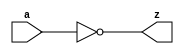
// ========== Copyright Header Begin ==========================================
// 
// OpenSPARC T1 Processor File: u1.behV
// Copyright (c) 2006 Sun Microsystems, Inc.  All Rights Reserved.
// DO NOT ALTER OR REMOVE COPYRIGHT NOTICES.
// 
// The above named program is free software; you can redistribute it and/or
// modify it under the terms of the GNU General Public
// License version 2 as published by the Free Software Foundation.
// 
// The above named program is distributed in the hope that it will be 
// useful, but WITHOUT ANY WARRANTY; without even the implied warranty of
// MERCHANTABILITY or FITNESS FOR A PARTICULAR PURPOSE.  See the GNU
// General Public License for more details.
// 
// You should have received a copy of the GNU General Public
// License along with this work; if not, write to the Free Software
// Foundation, Inc., 51 Franklin St, Fifth Floor, Boston, MA 02110-1301, USA.
// 
// ========== Copyright Header End ============================================
////////////////////////////////////////////////////////////////////////
//
// basic gates {
//
////////////////////////////////////////////////////////////////////////


//bw_u1_inv_0p6x
//
//

module bw_u1_inv_0p6x (
    z,
    a );

    output z;
    input  a;

    assign z = ~( a );

endmodule


//bw_u1_inv_1x
//
//

module bw_u1_inv_1x (
    z,
    a );

    output z;
    input  a;

    assign z = ~( a );

endmodule


//bw_u1_inv_1p4x
//
//

module bw_u1_inv_1p4x (
    z,
    a );

    output z;
    input  a;

    assign z = ~( a );

endmodule


//bw_u1_inv_2x
//
//

module bw_u1_inv_2x (
    z,
    a );

    output z;
    input  a;

    assign z = ~( a );

endmodule


//bw_u1_inv_3x
//
//

module bw_u1_inv_3x (
    z,
    a );

    output z;
    input  a;

    assign z = ~( a );

endmodule


//bw_u1_inv_4x
//
//

module bw_u1_inv_4x (
    z,
    a );

    output z;
    input  a;

    assign z = ~( a );

endmodule



//bw_u1_inv_5x
//
//

module bw_u1_inv_5x (
    z,
    a );

    output z;
    input  a;

    assign z = ~( a );

endmodule


//bw_u1_inv_8x
//
//

module bw_u1_inv_8x (
    z,
    a );

    output z;
    input  a;

    assign z = ~( a );

endmodule


//bw_u1_inv_10x
//
//

module bw_u1_inv_10x (
    z,
    a );

    output z;
    input  a;

    assign z = ~( a );

endmodule


//bw_u1_inv_15x
//
//

module bw_u1_inv_15x (
    z,
    a );

    output z;
    input  a;

    assign z = ~( a );

endmodule


//bw_u1_inv_20x
//
//

module bw_u1_inv_20x (
    z,
    a );

    output z;
    input  a;

    assign z = ~( a );

endmodule


//bw_u1_inv_30x
//
//

module bw_u1_inv_30x (
    z,
    a );

    output z;
    input  a;

    assign z = ~( a );

endmodule


//bw_u1_inv_40x
//
//

module bw_u1_inv_40x (
    z,
    a );

    output z;
    input  a;

    assign z = ~( a );

endmodule

//bw_u1_invh_15x
//
//

module bw_u1_invh_15x (
    z,
    a );

    output z;
    input  a;

    assign z = ~( a );

endmodule

//bw_u1_invh_25x
//
//

module bw_u1_invh_25x (
    z,
    a );

    output z;
    input  a;

    assign z = ~( a );

endmodule


//bw_u1_invh_30x
//
//

module bw_u1_invh_30x (
    z,
    a );

    output z;
    input  a;

    assign z = ~( a );

endmodule


//bw_u1_invh_50x
//
//

module bw_u1_invh_50x (
    z,
    a );

    output z;
    input  a;

    assign z = ~( a );

endmodule


//bw_u1_invh_60x
//
//

module bw_u1_invh_60x (
    z,
    a );

    output z;
    input  a;

    assign z = ~( a );

endmodule




//bw_u1_nand2_0p4x
//
//
module bw_u1_nand2_0p4x (
    z,
    a,
    b );

    output z;
    input  a;
    input  b;

    assign z = ~( a & b );

endmodule


//bw_u1_nand2_0p6x
//
//
module bw_u1_nand2_0p6x (
    z,
    a,
    b );

    output z;
    input  a;
    input  b;

    assign z = ~( a & b );

endmodule


//bw_u1_nand2_1x
//
//
module bw_u1_nand2_1x (
    z,
    a,
    b );

    output z;
    input  a;
    input  b;

    assign z = ~( a & b );

endmodule


//bw_u1_nand2_1p4x
//
//
module bw_u1_nand2_1p4x (
    z,
    a,
    b );

    output z;
    input  a;
    input  b;

    assign z = ~( a & b );

endmodule


//bw_u1_nand2_2x
//
//
module bw_u1_nand2_2x (
    z,
    a,
    b );

    output z;
    input  a;
    input  b;

    assign z = ~( a & b );

endmodule


//bw_u1_nand2_3x
//
//
module bw_u1_nand2_3x (
    z,
    a,
    b );

    output z;
    input  a;
    input  b;

    assign z = ~( a & b );

endmodule


//bw_u1_nand2_4x
//
//
module bw_u1_nand2_4x (
    z,
    a,
    b );

    output z;
    input  a;
    input  b;

    assign z = ~( a & b );

endmodule


//bw_u1_nand2_5x
//
//
module bw_u1_nand2_5x (
    z,
    a,
    b );

    output z;
    input  a;
    input  b;

    assign z = ~( a & b );

endmodule


//bw_u1_nand2_7x
//
//
module bw_u1_nand2_7x (
    z,
    a,
    b );

    output z;
    input  a;
    input  b;

    assign z = ~( a & b );

endmodule


//bw_u1_nand2_10x
//
//
module bw_u1_nand2_10x (
    z,
    a,
    b );

    output z;
    input  a;
    input  b;

    assign z = ~( a & b );

endmodule


//bw_u1_nand2_15x
//
//
module bw_u1_nand2_15x (
    z,
    a,
    b );

    output z;
    input  a;
    input  b;

    assign z = ~( a & b );

endmodule


//bw_u1_nand3_0p4x
//
//
module bw_u1_nand3_0p4x (
    z,
    a,
    b,
    c );

    output z;
    input  a;
    input  b;
    input  c;

    assign z = ~( a & b & c );

endmodule




//bw_u1_nand3_0p6x
//
//
module bw_u1_nand3_0p6x (
    z,
    a,
    b,
    c );

    output z;
    input  a;
    input  b;
    input  c;

    assign z = ~( a & b & c );

endmodule



//bw_u1_nand3_1x

//
//
module bw_u1_nand3_1x (
    z,
    a,  
    b,  
    c );
    
    output z;
    input  a;
    input  b;
    input  c;
    
    assign z = ~( a & b & c );

endmodule


//bw_u1_nand3_1p4x

//
//
module bw_u1_nand3_1p4x (
    z,
    a,  
    b,  
    c );
    
    output z;
    input  a;
    input  b;
    input  c;
    
    assign z = ~( a & b & c );

endmodule


//bw_u1_nand3_2x

//
//
module bw_u1_nand3_2x (
    z,
    a,  
    b,  
    c );
    
    output z;
    input  a;
    input  b;
    input  c;
    
    assign z = ~( a & b & c );

endmodule


//bw_u1_nand3_3x

//
//
module bw_u1_nand3_3x (
    z,
    a,  
    b,  
    c );
    
    output z;
    input  a;
    input  b;
    input  c;
    
    assign z = ~( a & b & c );

endmodule


//bw_u1_nand3_4x

//
//
module bw_u1_nand3_4x (
    z,
    a,  
    b,  
    c );
    
    output z;
    input  a;
    input  b;
    input  c;
    
    assign z = ~( a & b & c );

endmodule


//bw_u1_nand3_5x

//
//
module bw_u1_nand3_5x (
    z,
    a,  
    b,  
    c );
    
    output z;
    input  a;
    input  b;
    input  c;
    
    assign z = ~( a & b & c );

endmodule


//bw_u1_nand3_7x

//
//
module bw_u1_nand3_7x (
    z,
    a,  
    b,  
    c );
    
    output z;
    input  a;
    input  b;
    input  c;
    
    assign z = ~( a & b & c );

endmodule


//bw_u1_nand3_10x

//
//
module bw_u1_nand3_10x (
    z,
    a,  
    b,  
    c );
    
    output z;
    input  a;
    input  b;
    input  c;
    
    assign z = ~( a & b & c );

endmodule


//bw_u1_nand4_0p6x

//
//
module bw_u1_nand4_0p6x (
    z,
    a,  
    b,  
    c,  
    d );
    
    output z;
    input  a;
    input  b;
    input  c;
    input  d;
    
    assign z = ~( a & b & c & d );

endmodule


//bw_u1_nand4_1x
//
//
module bw_u1_nand4_1x (
    z,
    a,
    b,
    c,
    d );

    output z;
    input  a;
    input  b;
    input  c;
    input  d;

    assign z = ~( a & b & c & d );

endmodule


//bw_u1_nand4_1p4x
//
//
module bw_u1_nand4_1p4x (
    z,
    a,
    b,
    c,
    d );

    output z;
    input  a;
    input  b;
    input  c;
    input  d;

    assign z = ~( a & b & c & d );

endmodule


//bw_u1_nand4_2x
//
//
module bw_u1_nand4_2x (
    z,
    a,
    b,
    c,
    d );

    output z;
    input  a;
    input  b;
    input  c;
    input  d;

    assign z = ~( a & b & c & d );

endmodule


//bw_u1_nand4_3x
//
//
module bw_u1_nand4_3x (
    z,
    a,
    b,
    c,
    d );

    output z;
    input  a;
    input  b;
    input  c;
    input  d;

    assign z = ~( a & b & c & d );

endmodule


//bw_u1_nand4_4x
//
//
module bw_u1_nand4_4x (
    z,
    a,
    b,
    c,
    d );

    output z;
    input  a;
    input  b;
    input  c;
    input  d;

    assign z = ~( a & b & c & d );

endmodule


//bw_u1_nand4_6x
//
//

module bw_u1_nand4_6x (
    z,
    a,
    b,
    c,
    d );

    output z;
    input  a;
    input  b;
    input  c;
    input  d;


    nand( z, a, b,c,d);

endmodule

//bw_u1_nand4_8x
//
//

module bw_u1_nand4_8x (
    z,
    a,
    b,
    c,
    d );

    output z;
    input  a;
    input  b;
    input  c;
    input  d;


    nand( z, a, b,c,d);

endmodule

//bw_u1_nor2_0p6x
//
//

module bw_u1_nor2_0p6x (
    z,
    a,
    b );

    output z;
    input  a;
    input  b;

    assign z = ~( a | b );

endmodule


//bw_u1_nor2_1x
//
//

module bw_u1_nor2_1x (
    z,
    a,
    b );

    output z;
    input  a;
    input  b;

    assign z = ~( a | b );

endmodule


//bw_u1_nor2_1p4x
//
//

module bw_u1_nor2_1p4x (
    z,
    a,
    b );

    output z;
    input  a;
    input  b;

    assign z = ~( a | b );

endmodule


//bw_u1_nor2_2x
//
//

module bw_u1_nor2_2x (
    z,
    a,
    b );

    output z;
    input  a;
    input  b;

    assign z = ~( a | b );

endmodule


//bw_u1_nor2_3x
//
//

module bw_u1_nor2_3x (
    z,
    a,
    b );

    output z;
    input  a;
    input  b;

    assign z = ~( a | b );

endmodule


//bw_u1_nor2_4x
//
//

module bw_u1_nor2_4x (
    z,
    a,
    b );

    output z;
    input  a;
    input  b;

    assign z = ~( a | b );

endmodule


//bw_u1_nor2_6x
//
//

module bw_u1_nor2_6x (
    z,
    a,
    b );

    output z;
    input  a;
    input  b;

    assign z = ~( a | b );

endmodule


//bw_u1_nor2_8x
//
//

module bw_u1_nor2_8x (
    z,
    a,
    b );

    output z;
    input  a;
    input  b;

    assign z = ~( a | b );

endmodule


//bw_u1_nor2_12x
//
//

module bw_u1_nor2_12x (
    z,
    a,
    b );

    output z;
    input  a;
    input  b;

    assign z = ~( a | b );

endmodule




//bw_u1_nor3_0p6x
//
//

module bw_u1_nor3_0p6x (
    z,
    a,
    b,
    c );

    output z;
    input  a;
    input  b;
    input  c;

    assign z = ~( a | b | c );

endmodule


//bw_u1_nor3_1x
//
//

module bw_u1_nor3_1x (
    z,
    a,
    b,
    c );

    output z;
    input  a;
    input  b;
    input  c;

    assign z = ~( a | b | c );

endmodule


//bw_u1_nor3_1p4x
//
//

module bw_u1_nor3_1p4x (
    z,
    a,
    b,
    c );

    output z;
    input  a;
    input  b;
    input  c;

    assign z = ~( a | b | c );

endmodule


//bw_u1_nor3_2x
//
//

module bw_u1_nor3_2x (
    z,
    a,
    b,
    c );

    output z;
    input  a;
    input  b;
    input  c;

    assign z = ~( a | b | c );

endmodule


//bw_u1_nor3_3x
//
//

module bw_u1_nor3_3x (
    z,
    a,
    b,
    c );

    output z;
    input  a;
    input  b;
    input  c;

    assign z = ~( a | b | c );

endmodule


//bw_u1_nor3_4x
//
//

module bw_u1_nor3_4x (
    z,
    a,
    b,
    c );

    output z;
    input  a;
    input  b;
    input  c;

    assign z = ~( a | b | c );

endmodule


//bw_u1_nor3_6x
//
//

module bw_u1_nor3_6x (
    z,
    a,
    b,
    c );

    output z;
    input  a;
    input  b;
    input  c;

    assign z = ~( a | b | c );

endmodule


//bw_u1_nor3_8x
//
//

module bw_u1_nor3_8x (
    z,
    a,
    b,
    c );

    output z;
    input  a;
    input  b;
    input  c;

    assign z = ~( a | b | c );

endmodule


//bw_u1_aoi21_0p4x
//
// 
module bw_u1_aoi21_0p4x (
    z,
    b1,
    b2,
    a );

    output z;
    input  b1;
    input  b2;
    input  a;

    assign z = ~(( b1 & b2 ) | ( a ));

endmodule
//bw_u1_aoi21_1x
//
// 
module bw_u1_aoi21_1x (

    z,
    b1,
    b2,
    a );

    output z;
    input  b1;
    input  b2;
    input  a;

    assign z = ~(( b1 & b2 ) | ( a  ));

endmodule
//bw_u1_aoi21_2x
//
// 
module bw_u1_aoi21_2x (
    z,
    b1,
    b2,
    a );

    output z;
    input  b1;
    input  b2;
    input  a;

    assign z = ~(( b1 & b2 ) | ( a ));

endmodule
//bw_u1_aoi21_4x
//
// 
module bw_u1_aoi21_4x (
    z,
    b1,
    b2,
    a );

    output z;
    input  b1;
    input  b2;
    input  a;

    assign z = ~(( b1 & b2 ) | ( a ));

endmodule
//bw_u1_aoi21_8x
//
// 
module bw_u1_aoi21_8x (
    z,
    b1,
    b2,
    a );

    output z;
    input  b1;
    input  b2;
    input  a;

    assign z = ~(( b1 & b2 ) | ( a ));

endmodule
//bw_u1_aoi21_12x
//
// 
module bw_u1_aoi21_12x (
    z,
    b1,
    b2,
    a );

    output z;
    input  b1;
    input  b2;
    input  a;

    assign z = ~(( b1 & b2 ) | ( a ));

endmodule
//bw_u1_aoi22_0p4x
//
// 
module bw_u1_aoi22_0p4x (
    z,
    a1,
    a2,
    b1,
    b2 );

    output z;
    input  a1;
    input  a2;
    input  b1;
    input  b2;

    assign z = ~(( a1 & a2 ) | ( b1 & b2 ));

endmodule
//bw_u1_aoi22_1x
//
// 
module bw_u1_aoi22_1x (
    z,
    b1,
    b2,
    a1,
    a2 );

    output z;
    input  b1;
    input  b2;
    input  a1;
    input  a2;


    assign z = ~(( a1 & a2 ) | ( b1 & b2 ));

endmodule
//bw_u1_aoi22_2x
//
// 
module bw_u1_aoi22_2x (


    z,
    b1,
    b2,
    a1,
    a2 );

    output z;
    input  b1;
    input  b2;
    input  a1;
    input  a2;
 
    assign z = ~(( a1 & a2 ) | ( b1 & b2 ));

endmodule
//bw_u1_aoi22_4x
//
// 
module bw_u1_aoi22_4x (

    z,
    b1,
    b2,
    a1,
    a2 );

    output z;
    input  b1;
    input  b2;
    input  a1;
    input  a2;

    assign z = ~(( a1 & a2 ) | ( b1 & b2 ));

endmodule
//bw_u1_aoi22_8x
//
// 
module bw_u1_aoi22_8x (

    z,
    b1,
    b2,
    a1,
    a2 );

    output z;
    input  b1;
    input  b2;
    input  a1;
    input  a2;

    assign z = ~(( a1 & a2 ) | ( b1 & b2 ));

endmodule
//bw_u1_aoi211_0p3x
//
// 
module bw_u1_aoi211_0p3x (

    z,
    c1,
    c2,
    b,
    a );

    output z;
    input  c1;
    input  c2;
    input  b;
    input  a;

    assign z = ~(( c1 & c2 ) | (a)| (b));

endmodule

//bw_u1_aoi211_1x
//
// 
module bw_u1_aoi211_1x (

    z,
    c1,
    c2,
    b,
    a );

    output z;
    input  c1;
    input  c2;
    input  b;
    input  a;

    assign z = ~(( c1 & c2 ) | (a)| (b));

endmodule

//bw_u1_aoi211_2x
//
// 
module bw_u1_aoi211_2x (



    z,
    c1,
    c2,
    b, 
    a );

    output z;
    input  c1;
    input  c2;
    input  b;
    input  a;
 

    assign z = ~(( c1 & c2 ) | (a)| (b));

endmodule

//bw_u1_aoi211_4x
//
// 
module bw_u1_aoi211_4x (


    z,
    c1,
    c2,
    b, 
    a );

    output z;
    input  c1;
    input  c2;
    input  b;
    input  a;
 


    assign z = ~(( c1 & c2 ) | (a)| (b));

endmodule

//bw_u1_aoi211_8x
//
// 
module bw_u1_aoi211_8x (


    z,
    c1,
    c2,
    b, 
    a );

    output z;
    input  c1;
    input  c2;
    input  b;
    input  a;
 


    assign z = ~(( c1 & c2 ) | (a)| (b));

endmodule

//bw_u1_oai21_0p4x
//
//
module bw_u1_oai21_0p4x (
    z,
    b1,
    b2,
    a );

    output z;
    input  b1;
    input  b2;
    input  a;

    assign z = ~(( b1 | b2 ) & ( a ));

endmodule



//bw_u1_oai21_1x
//
//
module bw_u1_oai21_1x (
    z,
    b1,
    b2,
    a );

    output z;
    input  b1;
    input  b2;
    input  a;

    assign z = ~(( b1 | b2 ) & ( a ));

endmodule



//bw_u1_oai21_2x
//
//
module bw_u1_oai21_2x (
    z,
    b1,
    b2,
    a );

    output z;
    input  b1;
    input  b2;
    input  a;

    assign z = ~(( b1 | b2 ) & ( a ));

endmodule



//bw_u1_oai21_4x
//
//
module bw_u1_oai21_4x (
    z,
    b1,
    b2,
    a );

    output z;
    input  b1;
    input  b2;
    input  a;

    assign z = ~(( b1 | b2 ) & ( a ));

endmodule



//bw_u1_oai21_8x
//
//
module bw_u1_oai21_8x (
    z,
    b1,
    b2,
    a );

    output z;
    input  b1;
    input  b2;
    input  a;

    assign z = ~(( b1 | b2 ) & ( a ));

endmodule



//bw_u1_oai21_12x
//
//
module bw_u1_oai21_12x (
    z,
    b1,
    b2,
    a );

    output z;
    input  b1;
    input  b2;
    input  a;

    assign z = ~(( b1 | b2 ) & ( a ));

endmodule



//bw_u1_oai22_0p4x
// 
module bw_u1_oai22_0p4x (
    z,
    a1,
    a2,
    b1,
    b2 );

    output z;
    input  a1;
    input  a2;
    input  b1;
    input  b2;

    assign z = ~(( a1 | a2 ) & ( b1 | b2 ));

endmodule

//bw_u1_oai22_1x
// 
module bw_u1_oai22_1x (
    z,
    a1,
    a2,
    b1,
    b2 );

    output z;
    input  a1;
    input  a2;
    input  b1;
    input  b2;

    assign z = ~(( a1 | a2 ) & ( b1 | b2 ));

endmodule

//bw_u1_oai22_2x
// 
module bw_u1_oai22_2x (
    z,
    a1,
    a2,
    b1,
    b2 );

    output z;
    input  a1;
    input  a2;
    input  b1;
    input  b2;

    assign z = ~(( a1 | a2 ) & ( b1 | b2 ));

endmodule

//bw_u1_oai22_4x
// 
module bw_u1_oai22_4x (
    z,
    a1,
    a2,
    b1,
    b2 );

    output z;
    input  a1;
    input  a2;
    input  b1;
    input  b2;

    assign z = ~(( a1 | a2 ) & ( b1 | b2 ));

endmodule

//bw_u1_oai22_8x
// 
module bw_u1_oai22_8x (
    z,
    a1,
    a2,
    b1,
    b2 );

    output z;
    input  a1;
    input  a2;
    input  b1;
    input  b2;

    assign z = ~(( a1 | a2 ) & ( b1 | b2 ));

endmodule

//bw_u1_oai211_0p3x
//
//
module bw_u1_oai211_0p3x (
    z,
    c1,
    c2,
    b,
    a );

    output z;
    input  c1;
    input  c2;
    input  b;
    input  a;

    assign z = ~(( c1 | c2 ) & ( a ) & (b));

endmodule

//bw_u1_oai211_1x
//
//
module bw_u1_oai211_1x (
    z,
    c1,
    c2,
    b,
    a );

    output z;
    input  c1;
    input  c2;
    input  b;
    input  a;

    assign z = ~(( c1 | c2 ) & ( a ) & (b));

endmodule

//bw_u1_oai211_2x
//
//
module bw_u1_oai211_2x (
    z,
    c1,
    c2,
    b,
    a );

    output z;
    input  c1;
    input  c2;
    input  b;
    input  a;

    assign z = ~(( c1 | c2 ) & ( a ) & (b));

endmodule

//bw_u1_oai211_4x
//
//
module bw_u1_oai211_4x (
    z,
    c1,
    c2,
    b,
    a );

    output z;
    input  c1;
    input  c2;
    input  b;
    input  a;

    assign z = ~(( c1 | c2 ) & ( a ) & (b));

endmodule

//bw_u1_oai211_8x
//
//
module bw_u1_oai211_8x (
    z,
    c1,
    c2,
    b,
    a );

    output z;
    input  c1;
    input  c2;
    input  b;
    input  a;

    assign z = ~(( c1 | c2 ) & ( a ) & (b));

endmodule

//bw_u1_aoi31_1x
//
// 
module bw_u1_aoi31_1x (


    z,
    b1,
    b2,
    b3,
    a );

    output z;
    input  b1;
    input  b2;
    input  b3;
    input  a;

    assign z = ~(( b1 & b2&b3 ) | ( a ));

endmodule
//bw_u1_aoi31_2x
//
// 
module bw_u1_aoi31_2x (

    z, 
    b1,
    b2, 
    b3, 
    a );
    
    output z; 
    input  b1;
    input  b2;
    input  b3;
    input  a;

    assign z = ~(( b1 & b2&b3 ) | ( a ));

endmodule
//bw_u1_aoi31_4x
//
// 
module bw_u1_aoi31_4x (
    z, 
    b1,
    b2, 
    b3, 
    a );
    
    output z; 
    input  b1;
    input  b2;
    input  b3;
    input  a;

    assign z = ~(( b1 & b2&b3 ) | ( a ));

endmodule
//bw_u1_aoi31_8x
//
// 
module bw_u1_aoi31_8x (

    z, 
    b1,
    b2, 
    b3, 
    a );
    
    output z; 
    input  b1;
    input  b2;
    input  b3;
    input  a;

    assign z = ~(( b1 & b2&b3 ) | ( a ));

endmodule
//bw_u1_aoi32_1x
//
// 
module bw_u1_aoi32_1x (
    z,
    b1,
    b2,
    b3,
    a1,
    a2 );

    output z;
    input  b1;
    input  b2;
    input  b3;
    input  a1;
    input  a2;

    assign z = ~(( b1 & b2&b3 ) | ( a1 & a2 ));

endmodule

//bw_u1_aoi32_2x
//
// 
module bw_u1_aoi32_2x (
    z,
    b1, 
    b2,
    b3,
    a1,
    a2 );

    output z;
    input  b1; 
    input  b2; 
    input  b3; 
    input  a1;
    input  a2;

 

    assign z = ~(( b1 & b2&b3 ) | ( a1 & a2 ));

endmodule

//bw_u1_aoi32_4x
//
// 
module bw_u1_aoi32_4x (

    z,
    b1, 
    b2,
    b3,
    a1,
    a2 );

    output z;
    input  b1; 
    input  b2; 
    input  b3; 
    input  a1;
    input  a2;

 

    assign z = ~(( b1 & b2&b3 ) | ( a1 & a2 ));

endmodule

//bw_u1_aoi32_8x
//
// 
module bw_u1_aoi32_8x (

    z,
    b1, 
    b2,
    b3,
    a1,
    a2 );

    output z;
    input  b1; 
    input  b2; 
    input  b3; 
    input  a1;
    input  a2;

 
    assign z = ~(( b1 & b2&b3 ) | ( a1 & a2 ));

endmodule

//bw_u1_aoi33_1x
//
//
module bw_u1_aoi33_1x (




    z,
    b1,
    b2,
    b3,
    a1,
    a2,
    a3 );

    output z;
    input  b1;
    input  b2;
    input  b3;
    input  a1;
    input  a2;
    input  a3;

    assign z = ~(( b1 & b2&b3 ) | ( a1&a2&a3 ));

endmodule


//bw_u1_aoi33_2x
//
//
module bw_u1_aoi33_2x (

       
    z, 
    b1, 
    b2,  
    b3,  
    a1,  
    a2,  
    a3 );
    
    output z;
    input  b1;
    input  b2;
    input  b3;
    input  a1;
    input  a2;
    input  a3;
    

    assign z = ~(( b1 & b2&b3 ) | ( a1&a2&a3 ));

endmodule


//bw_u1_aoi33_4x
//
//
module bw_u1_aoi33_4x (

       
    z, 
    b1, 
    b2,  
    b3,  
    a1,  
    a2,  
    a3 );
    
    output z;
    input  b1;
    input  b2;
    input  b3;
    input  a1;
    input  a2;
    input  a3;
    


    assign z = ~(( b1 & b2&b3 ) | ( a1&a2&a3 ));

endmodule


//bw_u1_aoi33_8x
//
//
module bw_u1_aoi33_8x (
       
    z, 
    b1, 
    b2,  
    b3,  
    a1,  
    a2,  
    a3 );
    
    output z;
    input  b1;
    input  b2;
    input  b3;
    input  a1;
    input  a2;
    input  a3;
    


    assign z = ~(( b1 & b2&b3 ) | ( a1&a2&a3 ));

endmodule


//bw_u1_aoi221_1x
//
// 
module bw_u1_aoi221_1x (

    z,
    c1,
    c2,
    b1,
    b2,
    a );

    output z;
    input  c1;
    input  c2;
    input  b1;
    input  b2;
    input  a;

    assign z = ~(( c1 & c2 ) | (b1&b2)| (a));

endmodule


//bw_u1_aoi221_2x
//
// 
module bw_u1_aoi221_2x (

    z,
    c1,
    c2,
    b1,
    b2,
    a );

    output z;
    input  c1;
    input  c2;
    input  b1;
    input  b2;
    input  a; 


    assign z = ~(( c1 & c2 ) | (b1&b2)| (a));

endmodule


//bw_u1_aoi221_4x
//
// 
module bw_u1_aoi221_4x (



    z,
    c1,
    c2,
    b1,
    b2,
    a );

    output z;
    input  c1;
    input  c2;
    input  b1;
    input  b2;
    input  a; 


    assign z = ~(( c1 & c2 ) | (b1&b2)| (a));

endmodule


//bw_u1_aoi221_8x
//
// 
module bw_u1_aoi221_8x (
    z,
    c1,
    c2,
    b1,
    b2,
    a );

    output z;
    input  c1;
    input  c2;
    input  b1;
    input  b2;
    input  a; 


    assign z = ~(( c1 & c2 ) | (b1&b2)| (a));

endmodule


//bw_u1_aoi222_1x
//
//
module bw_u1_aoi222_1x (

    z,
    a1,
    a2,
    b1,
    b2,
    c1,
    c2 );

    output z;
    input  a1;
    input  a2;
    input  b1;
    input  b2;
    input  c1;
    input  c2;

    assign z = ~(( c1 & c2 ) | (b1&b2)| (a1& a2));

endmodule

//bw_u1_aoi222_2x
//
//
module bw_u1_aoi222_2x (

    z,
    a1,
    a2,
    b1,
    b2,
    c1,
    c2 );

    output z;
    input  a1;
    input  a2;
    input  b1;
    input  b2;
    input  c1;
    input  c2;

    assign z = ~(( c1 & c2 ) | (b1&b2)| (a1& a2));

endmodule


//bw_u1_aoi222_4x
//
//
module bw_u1_aoi222_4x (

    z,
    a1,
    a2,
    b1,
    b2,
    c1,
    c2 );

    output z;
    input  a1;
    input  a2;
    input  b1;
    input  b2;
    input  c1;
    input  c2;

    assign z = ~(( c1 & c2 ) | (b1&b2)| (a1& a2));

endmodule


//bw_u1_aoi311_1x
//
//
module bw_u1_aoi311_1x (

    z,
    c1,
    c2,
    c3,
    b, 
    a );

    output z;
    input  c1;
    input  c2;
    input  c3;
    input  b;
    input  a;

    assign z = ~(( c1 & c2& c3 ) | (a)| (b));

endmodule




//bw_u1_aoi311_2x
//
//
module bw_u1_aoi311_2x (
    z,
    c1,
    c2,
    c3,
    b, 
    a );

    output z;
    input  c1;
    input  c2;
    input  c3;
    input  b;
    input  a;

    assign z = ~(( c1 & c2& c3 ) | (a)| (b));

endmodule




//bw_u1_aoi311_4x
//
//
module bw_u1_aoi311_4x (
    z,
    c1,
    c2,
    c3,
    b, 
    a );

    output z;
    input  c1;
    input  c2;
    input  c3;
    input  b;
    input  a;


    assign z = ~(( c1 & c2& c3 ) | (a)| (b));

endmodule




//bw_u1_aoi311_8x
//
//
module bw_u1_aoi311_8x (
    z,
    c1,
    c2,
    c3,
    b, 
    a );

    output z;
    input  c1;
    input  c2;
    input  c3;
    input  b;
    input  a;

    assign z = ~(( c1 & c2& c3 ) | (a)| (b));

endmodule




//bw_u1_oai31_1x
//
//
module bw_u1_oai31_1x (
    z,
    b1,
    b2,
    b3,
    a );

    output z;
    input  b1;
    input  b2;
    input  b3;
    input  a;

    assign z = ~(( b1 | b2|b3 ) & ( a ));

endmodule




//bw_u1_oai31_2x
//
//
module bw_u1_oai31_2x (
    z,
    b1,
    b2,
    b3,
    a );

    output z;
    input  b1;
    input  b2;
    input  b3;
    input  a;

    assign z = ~(( b1 | b2|b3 ) & ( a ));

endmodule




//bw_u1_oai31_4x
//
//
module bw_u1_oai31_4x (
    z,
    b1,
    b2,
    b3,
    a );

    output z;
    input  b1;
    input  b2;
    input  b3;
    input  a;

    assign z = ~(( b1 | b2|b3 ) & ( a ));

endmodule




//bw_u1_oai31_8x
//
//
module bw_u1_oai31_8x (
    z,
    b1,
    b2,
    b3,
    a );

    output z;
    input  b1;
    input  b2;
    input  b3;
    input  a;

    assign z = ~(( b1 | b2|b3 ) & ( a ));

endmodule




//bw_u1_oai32_1x
//
//
module bw_u1_oai32_1x (
    z,
    b1,
    b2,
    b3,
    a1,
    a2 );

    output z;
    input  b1;
    input  b2;
    input  b3;
    input  a1;
    input  a2;

    assign z = ~(( b1 | b2 | b3 ) & ( a1 | a2 ));

endmodule



//bw_u1_oai32_2x
//
//
module bw_u1_oai32_2x (
    z,
    b1,
    b2,
    b3,
    a1,
    a2 );

    output z;
    input  b1;
    input  b2;
    input  b3;
    input  a1;
    input  a2;

    assign z = ~(( b1 | b2 | b3 ) & ( a1 | a2 ));

endmodule



//bw_u1_oai32_4x
//
//
module bw_u1_oai32_4x (
    z,
    b1,
    b2,
    b3,
    a1,
    a2 );

    output z;
    input  b1;
    input  b2;
    input  b3;
    input  a1;
    input  a2;

    assign z = ~(( b1 | b2 | b3 ) & ( a1 | a2 ));

endmodule



//bw_u1_oai32_8x
//
//
module bw_u1_oai32_8x (
    z,
    b1,
    b2,
    b3,
    a1,
    a2 );

    output z;
    input  b1;
    input  b2;
    input  b3;
    input  a1;
    input  a2;

    assign z = ~(( b1 | b2 | b3 ) & ( a1 | a2 ));

endmodule



//bw_u1_oai33_1x
//
//
module bw_u1_oai33_1x (
    z,
    b1,
    b2,
    b3,
    a1,
    a2,
    a3 );

    output z;
    input  b1;
    input  b2;
    input  b3;
    input  a1;
    input  a2;
    input  a3;

    assign z = ~(( b1 | b2|b3 ) & ( a1|a2|a3 ));

endmodule


//bw_u1_oai33_2x
//
//
module bw_u1_oai33_2x (
    z,
    b1,
    b2,
    b3,
    a1,
    a2,
    a3 );

    output z;
    input  b1;
    input  b2;
    input  b3;
    input  a1;
    input  a2;
    input  a3;

    assign z = ~(( b1 | b2|b3 ) & ( a1|a2|a3 ));

endmodule


//bw_u1_oai33_4x
//
//
module bw_u1_oai33_4x (
    z,
    b1,
    b2,
    b3,
    a1,
    a2,
    a3 );

    output z;
    input  b1;
    input  b2;
    input  b3;
    input  a1;
    input  a2;
    input  a3;

    assign z = ~(( b1 | b2|b3 ) & ( a1|a2|a3 ));

endmodule


//bw_u1_oai33_8x
//
//
module bw_u1_oai33_8x (
    z,
    b1,
    b2,
    b3,
    a1,
    a2,
    a3 );

    output z;
    input  b1;
    input  b2;
    input  b3;
    input  a1;
    input  a2;
    input  a3;

    assign z = ~(( b1 | b2|b3 ) & ( a1|a2|a3 ));

endmodule


//bw_u1_oai221_1x
//
//
module bw_u1_oai221_1x (
    z,
    c1,
    c2,
    b1,
    b2,
    a );

    output z;
    input  c1;
    input  c2;
    input  b1;
    input  b2;
    input  a;

    assign z = ~(( c1 | c2 ) & ( a ) & (b1|b2));

endmodule

//bw_u1_oai221_2x
//
//
module bw_u1_oai221_2x (
    z,
    c1,
    c2,
    b1,
    b2,
    a );

    output z;
    input  c1;
    input  c2;
    input  b1;
    input  b2;
    input  a;

    assign z = ~(( c1 | c2 ) & ( a ) & (b1|b2));

endmodule

//bw_u1_oai221_4x
//
//
module bw_u1_oai221_4x (
    z,
    c1,
    c2,
    b1,
    b2,
    a );

    output z;
    input  c1;
    input  c2;
    input  b1;
    input  b2;
    input  a;

    assign z = ~(( c1 | c2 ) & ( a ) & (b1|b2));

endmodule

//bw_u1_oai221_8x
//
//
module bw_u1_oai221_8x (
    z,
    c1,
    c2,
    b1,
    b2,
    a );

    output z;
    input  c1;
    input  c2;
    input  b1;
    input  b2;
    input  a;

    assign z = ~(( c1 | c2 ) & ( a ) & (b1|b2));

endmodule

//bw_u1_oai222_1x
//
//
module bw_u1_oai222_1x (
    z,
    c1,
    c2,
    b1,
    b2,
    a1,
    a2 );

    output z;
    input  c1;
    input  c2;
    input  b1;
    input  b2;
    input  a1;
    input  a2;

    assign z = ~(( c1 | c2 ) & ( a1|a2 ) & (b1|b2));

endmodule


//bw_u1_oai222_2x
//
//
module bw_u1_oai222_2x (
    z,
    c1,
    c2,
    b1,
    b2,
    a1,
    a2 );

    output z;
    input  c1;
    input  c2;
    input  b1;
    input  b2;
    input  a1;
    input  a2;

    assign z = ~(( c1 | c2 ) & ( a1|a2 ) & (b1|b2));

endmodule


//bw_u1_oai222_4x
//
//
module bw_u1_oai222_4x (
    z,
    c1,
    c2,
    b1,
    b2,
    a1,
    a2 );

    output z;
    input  c1;
    input  c2;
    input  b1;
    input  b2;
    input  a1;
    input  a2;

    assign z = ~(( c1 | c2 ) & ( a1|a2 ) & (b1|b2));

endmodule


//bw_u1_oai311_1x
//
//
module bw_u1_oai311_1x (
    z,
    c1,
    c2,
    c3,
    b,
    a );

    output z;
    input  c1;
    input  c2;
    input  c3;
    input  b;
    input  a;

    assign z = ~(( c1 | c2|c3 ) & ( a ) & (b));

endmodule


//bw_u1_oai311_2x
//
//
module bw_u1_oai311_2x (
    z,
    c1,
    c2,
    c3,
    b,
    a );

    output z;
    input  c1;
    input  c2;
    input  c3;
    input  b;
    input  a;

    assign z = ~(( c1 | c2|c3 ) & ( a ) & (b));

endmodule


//bw_u1_oai311_4x
//
//
module bw_u1_oai311_4x (
    z,
    c1,
    c2,
    c3,
    b,
    a );

    output z;
    input  c1;
    input  c2;
    input  c3;
    input  b;
    input  a;

    assign z = ~(( c1 | c2 | c3 ) & ( a ) & (b));

endmodule


//bw_u1_oai311_8x
//
//
module bw_u1_oai311_8x (
    z,
    c1,
    c2,
    c3,
    b,
    a );

    output z;
    input  c1;
    input  c2;
    input  c3;
    input  b;
    input  a;

    assign z = ~(( c1 | c2|c3 ) & ( a ) & (b));

endmodule


//bw_u1_muxi21_0p6x



module bw_u1_muxi21_0p6x (z, d0, d1, s);
output z;
input  d0, d1, s;

    assign z = s ? ~d1 : ~d0;
endmodule


//bw_u1_muxi21_1x



module bw_u1_muxi21_1x (z, d0, d1, s);
output z;
input  d0, d1, s;

    assign z = s ? ~d1 : ~d0;
endmodule







//bw_u1_muxi21_2x



module bw_u1_muxi21_2x (z, d0, d1, s);
output z;
input  d0, d1, s;

    assign z = s ? ~d1 : ~d0;
endmodule


//bw_u1_muxi21_4x



module bw_u1_muxi21_4x (z, d0, d1, s);
output z;
input  d0, d1, s;

    assign z = s ? ~d1 : ~d0;
endmodule




//bw_u1_muxi21_6x


module bw_u1_muxi21_6x (z, d0, d1, s);
output z;
input  d0, d1, s;

    assign z = s ? ~d1 : ~d0;
endmodule

//bw_u1_muxi31d_4x
//

module bw_u1_muxi31d_4x (z, d0, d1, d2, s0, s1, s2);
output z;
input  d0, d1, d2, s0, s1, s2;
        zmuxi31d_prim i0 ( z, d0, d1, d2, s0, s1, s2 );
endmodule

//bw_u1_muxi41d_4x
//

module bw_u1_muxi41d_4x (z, d0, d1, d2, d3, s0, s1, s2, s3);
output z;
input  d0, d1, d2, d3, s0, s1, s2, s3;
        zmuxi41d_prim i0 ( z, d0, d1, d2, d3, s0, s1, s2, s3 );
endmodule

//bw_u1_muxi41d_6x
//

module bw_u1_muxi41d_6x (z, d0, d1, d2, d3, s0, s1, s2, s3);
output z;
input  d0, d1, d2, d3, s0, s1, s2, s3;
        zmuxi41d_prim i0 ( z, d0, d1, d2, d3, s0, s1, s2, s3 );
endmodule
 

//bw_u1_xor2_0p6x
//
// 
module bw_u1_xor2_0p6x (
    z,
    a,
    b );

    output z;
    input  a;
    input  b;

    assign z = ( a ^ b );

endmodule
//bw_u1_xor2_1x
//
// 
module bw_u1_xor2_1x (
    z,
    a,
    b );

    output z;
    input  a;
    input  b;

    assign z = ( a ^ b );

endmodule
//bw_u1_xor2_2x
//
// 
module bw_u1_xor2_2x (
    z,
    a,
    b );

    output z;
    input  a;
    input  b;

    assign z = ( a ^ b );

endmodule
//bw_u1_xor2_4x
//
// 
module bw_u1_xor2_4x (
    z,
    a,
    b );

    output z;
    input  a;
    input  b;

    assign z = ( a ^ b );

endmodule
//bw_u1_xnor2_0p6x
//
// 
module bw_u1_xnor2_0p6x (
    z,
    a,
    b );

    output z;
    input  a;
    input  b;

    assign z = ~( a ^ b );

endmodule
//bw_u1_xnor2_1x
//
// 
module bw_u1_xnor2_1x (
    z,
    a,
    b );

    output z;
    input  a;
    input  b;

    assign z = ~( a ^ b );

endmodule
//bw_u1_xnor2_2x
//
// 
module bw_u1_xnor2_2x (
    z,
    a,
    b );

    output z;
    input  a;
    input  b;

    assign z = ~( a ^ b );

endmodule
//bw_u1_xnor2_4x
//
// 
module bw_u1_xnor2_4x (
    z,
    a,
    b );

    output z;
    input  a;
    input  b;

    assign z = ~( a ^ b );

endmodule

//bw_u1_buf_1x
//

module bw_u1_buf_1x (
    z,
    a );

    output z;
    input  a;

    assign z = ( a );

endmodule

//bw_u1_buf_5x
//

module bw_u1_buf_5x (
    z,
    a );

    output z;
    input  a;

    assign z = ( a );

endmodule


//bw_u1_buf_10x
//

module bw_u1_buf_10x (
    z,
    a );

    output z;
    input  a;

    assign z = ( a );

endmodule


//bw_u1_buf_15x
//

module bw_u1_buf_15x (
    z,
    a );

    output z;
    input  a;

    assign z = ( a );

endmodule


//bw_u1_buf_20x
//

module bw_u1_buf_20x (
    z,
    a );

    output z;
    input  a;

    assign z = ( a );

endmodule


//bw_u1_buf_30x
//

module bw_u1_buf_30x (
    z,
    a );

    output z;
    input  a;

    assign z = ( a );

endmodule


//bw_u1_buf_40x
//

module bw_u1_buf_40x (
    z,
    a );

    output z;
    input  a;

    assign z = ( a );

endmodule


//bw_u1_ao2222_1x
//
//
module bw_u1_ao2222_1x (

    z,
    a1,
    a2,
    b1,
    b2,
    c1,
    c2,
    d1,
    d2 );

    output z;
    input  a1;
    input  a2;
    input  b1;
    input  b2;
    input  c1;
    input  c2;
    input  d1;
    input  d2;

    assign z = ((d1&d2) | ( c1 & c2 ) | (b1&b2)| (a1& a2));

endmodule


//bw_u1_ao2222_2x
//
//
module bw_u1_ao2222_2x (

    z,
    a1,
    a2,
    b1,
    b2,
    c1,
    c2,
    d1,
    d2 );

    output z;
    input  a1;
    input  a2;
    input  b1;
    input  b2;
    input  c1;
    input  c2;
    input  d1;
    input  d2;

    assign z = ((d1&d2) | ( c1 & c2 ) | (b1&b2)| (a1& a2));

endmodule

//bw_u1_ao2222_4x
//
//
module bw_u1_ao2222_4x (

    z,
    a1,
    a2,
    b1,
    b2,
    c1,
    c2,
    d1,
    d2 );

    output z;
    input  a1;
    input  a2;
    input  b1;
    input  b2;
    input  c1;
    input  c2;
    input  d1;
    input  d2;

    assign z = ((d1&d2) | ( c1 & c2 ) | (b1&b2)| (a1& a2));

endmodule

////////////////////////////////////////////////////////////////////////
//
// flipflops {
//
////////////////////////////////////////////////////////////////////////

//      scanable D-flipflop with scanout

module bw_u1_soff_1x (q, so, ck, d, se, sd);
output q, so;
input  ck, d, se, sd;
        zsoff_prim i0 ( q, so, ck, d, se, sd );
endmodule

module bw_u1_soff_2x (q, so, ck, d, se, sd);
output q, so;
input  ck, d, se, sd;
        zsoff_prim i0 ( q, so, ck, d, se, sd );
endmodule

module bw_u1_soff_4x (q, so, ck, d, se, sd);
output q, so;
input  ck, d, se, sd;
        zsoff_prim i0 ( q, so, ck, d, se, sd );
endmodule

module bw_u1_soff_8x (q, so, ck, d, se, sd);
output q, so;
input  ck, d, se, sd;
        zsoff_prim i0 ( q, so, ck, d, se, sd );
endmodule

//      fast scanable D-flipflop with scanout with inverted Q output

module bw_u1_soffi_4x (q_l, so, ck, d, se, sd);
output q_l, so;
input  ck, d, se, sd;
        zsoffi_prim i0 ( q_l, so, ck, d, se, sd );
endmodule
  
module bw_u1_soffi_8x (q_l, so, ck, d, se, sd);
output q_l, so;
input  ck, d, se, sd;
        zsoffi_prim i0 ( q_l, so, ck, d, se, sd );
endmodule

//      scanable D-flipflop with scanout with 2-to-1 input mux

module bw_u1_soffm2_4x (q, so, ck, d0, d1, s, se, sd);
output q, so;
input  ck, d0, d1, s, se, sd;
        zsoffm2_prim i0 ( q, so, ck, d0, d1, s, se, sd );
endmodule

module bw_u1_soffm2_8x (q, so, ck, d0, d1, s, se, sd);
output q, so;
input  ck, d0, d1, s, se, sd;
        zsoffm2_prim i0 ( q, so, ck, d0, d1, s, se, sd );
endmodule

//      scanable D-flipflop with scanout with sync reset-bar

module bw_u1_soffr_2x (q, so, ck, d, se, sd, r_l);
output q, so;
input  ck, d, se, sd, r_l;
        zsoffr_prim i0 ( q, so, ck, d, se, sd, r_l );
endmodule
  
module bw_u1_soffr_4x (q, so, ck, d, se, sd, r_l);
output q, so;
input  ck, d, se, sd, r_l;
        zsoffr_prim i0 ( q, so, ck, d, se, sd, r_l );
endmodule

module bw_u1_soffr_8x (q, so, ck, d, se, sd, r_l);
output q, so;
input  ck, d, se, sd, r_l;
        zsoffr_prim i0 ( q, so, ck, d, se, sd, r_l );
endmodule

//bw_u1_soffasr_2x

module bw_u1_soffasr_2x (q, so, ck, d, r_l, s_l, se, sd);
output q, so;
input  ck, d, r_l, s_l, se, sd;
        zsoffasr_prim i0 (q, so, ck, d, r_l, s_l, se, sd);
endmodule


//bw_u1_ckbuf_1p5x


module bw_u1_ckbuf_1p5x  (clk, rclk);
output clk;
input  rclk;
        buf (clk, rclk);
endmodule


//bw_u1_ckbuf_3x


module bw_u1_ckbuf_3x  (clk, rclk);
output clk;
input  rclk;
        buf (clk, rclk);
endmodule

//bw_u1_ckbuf_4p5x


module bw_u1_ckbuf_4p5x  (clk, rclk);
output clk;
input  rclk;
        buf (clk, rclk);
endmodule


//bw_u1_ckbuf_6x


module bw_u1_ckbuf_6x  (clk, rclk);
output clk;
input  rclk;
        buf (clk, rclk);
endmodule

//bw_u1_ckbuf_7x
//

module bw_u1_ckbuf_7x  (clk, rclk);
output clk;
input  rclk;
        buf (clk, rclk);
endmodule

//bw_u1_ckbuf_8x
//
module bw_u1_ckbuf_8x  (clk, rclk);
output clk;
input  rclk;
        buf (clk, rclk);
endmodule


//bw_u1_ckbuf_11x
//

module bw_u1_ckbuf_11x (clk, rclk);
output clk;
input  rclk;

    assign clk = ( rclk );

endmodule

//bw_u1_ckbuf_14x
//

module bw_u1_ckbuf_14x (clk, rclk);
output clk;
input  rclk;

    assign clk = ( rclk );

endmodule

//bw_u1_ckbuf_17x
//

module bw_u1_ckbuf_17x (clk, rclk);
output clk;
input  rclk;

    assign clk = ( rclk );

endmodule




//bw_u1_ckbuf_19x
//

module bw_u1_ckbuf_19x (clk, rclk);
output clk;
input  rclk;

    assign clk = ( rclk );

endmodule




//bw_u1_ckbuf_22x
//

module bw_u1_ckbuf_22x (clk, rclk);
output clk;
input  rclk;

    assign clk = ( rclk );

endmodule

//bw_u1_ckbuf_25x
//

module bw_u1_ckbuf_25x (clk, rclk);
output clk;
input  rclk;

    assign clk = ( rclk );

endmodule


//bw_u1_ckbuf_28x
//

module bw_u1_ckbuf_28x (clk, rclk);
output clk;
input  rclk;

    assign clk = ( rclk );

endmodule


//bw_u1_ckbuf_30x
//

module bw_u1_ckbuf_30x (clk, rclk);
output clk;
input  rclk;

    assign clk = ( rclk );

endmodule

//bw_u1_ckbuf_33x
//

module bw_u1_ckbuf_33x (clk, rclk);
output clk;
input  rclk;

    assign clk = ( rclk );

endmodule

//bw_u1_ckbuf_40x
//

module bw_u1_ckbuf_40x (clk, rclk);
output clk;
input  rclk;

    assign clk = ( rclk );

endmodule


// gated clock buffers


module bw_u1_ckenbuf_6x  (clk, rclk, en_l, tm_l);
output clk;
input  rclk, en_l, tm_l;
        zckenbuf_prim i0 ( clk, rclk, en_l, tm_l );
endmodule 

module bw_u1_ckenbuf_14x (clk, rclk, en_l, tm_l);
output clk;
input  rclk, en_l, tm_l;
        zckenbuf_prim i0 ( clk, rclk, en_l, tm_l );
endmodule   

////////////////////////////////////////////////////////////////////////
//
// half cells
//
////////////////////////////////////////////////////////////////////////



module bw_u1_zhinv_0p6x (z, a);
output z;
input  a;
        not (z, a);
endmodule


module bw_u1_zhinv_1x (z, a);
output z;
input  a;
        not (z, a);
endmodule



module bw_u1_zhinv_1p4x (z, a);
output z;
input  a;
        not (z, a);
endmodule


module bw_u1_zhinv_2x (z, a);
output z;
input  a;
        not (z, a);
endmodule



module bw_u1_zhinv_3x (z, a);
output z;
input  a;
        not (z, a);
endmodule



module bw_u1_zhinv_4x (z, a);
output z;
input  a;
        not (z, a);
endmodule



module bw_u1_zhnand2_0p4x (z, a, b);
output z;
input  a, b;
        nand (z, a, b);
endmodule


module bw_u1_zhnand2_0p6x (z, a, b);
output z;   
input  a, b;
        nand (z, a, b);
endmodule   


module bw_u1_zhnand2_1x (z, a, b);
output z;   
input  a, b;
        nand (z, a, b);
endmodule   


module bw_u1_zhnand2_1p4x (z, a, b);
output z;   
input  a, b;
        nand (z, a, b);
endmodule   


module bw_u1_zhnand2_2x (z, a, b);
output z;   
input  a, b;
        nand (z, a, b);
endmodule   


module bw_u1_zhnand2_3x (z, a, b);
output z;   
input  a, b;
        nand (z, a, b);
endmodule   


module bw_u1_zhnand3_0p6x (z, a, b, c);
output z;
input  a, b, c;
        nand (z, a, b, c);
endmodule

module bw_u1_zhnand3_1x (z, a, b, c);
output z;
input  a, b, c;
        nand (z, a, b, c);
endmodule

module bw_u1_zhnand3_2x (z, a, b, c);
output z;
input  a, b, c;
        nand (z, a, b, c);
endmodule


module bw_u1_zhnand4_0p6x (z, a, b, c, d);
output z;
input  a, b, c, d;
        nand (z, a, b, c, d);
endmodule

module bw_u1_zhnand4_1x (z, a, b, c, d);
output z;
input  a, b, c, d;
        nand (z, a, b, c, d);
endmodule

module bw_u1_zhnand4_2x (z, a, b, c, d);
output z;
input  a, b, c, d;
        nand (z, a, b, c, d);
endmodule


        
module bw_u1_zhnor2_0p6x (z, a, b);
output z;
input  a, b;
        nor (z, a, b);
endmodule

module bw_u1_zhnor2_1x (z, a, b);
output z;   
input  a, b;
        nor (z, a, b);
endmodule

module bw_u1_zhnor2_2x (z, a, b);
output z;   
input  a, b;
        nor (z, a, b);
endmodule



module bw_u1_zhnor3_0p6x (z, a, b, c);
output z;
input  a, b, c;
        nor (z, a, b, c);
endmodule


module bw_u1_zhaoi21_0p4x (z,b1,b2,a);

    output z;   
    input  b1;
    input  b2;
    input  a;

    assign z = ~(( b1 & b2 ) | ( a ));
    
endmodule



module bw_u1_zhaoi21_1x (z, a, b1, b2);

    output z;
    input  b1;
    input  b2;
    input  a;

    assign z = ~(( b1 & b2 ) | ( a ));

endmodule



module bw_u1_zhoai21_1x (z,b1,b2,a );
    
    output z;
    input  b1;
    input  b2;  
    input  a;
  
    assign z = ~(( b1 | b2 ) & ( a ));
      
endmodule




module bw_u1_zhoai211_0p3x (z, a, b, c1, c2);
    output z; 
    input  c1;  
    input  c2;
    input  b;
    input  a;
      
    assign z = ~(( c1 | c2 ) & ( a ) & (b));
       
endmodule





module bw_u1_zhoai211_1x (z, a, b, c1, c2);
output z;
input  a, b, c1, c2;
    assign z = ~(( c1 | c2 ) & ( a ) & (b));
       
endmodule





/////////////// Scan data lock up latch ///////////////

module bw_u1_scanlg_2x (so, sd, ck, se);
output so;
input sd, ck, se;

reg so_l;

    assign so = ~so_l;
    always @ ( ck or sd or se )
       if (~ck) so_l <= ~(sd & se) ;

endmodule

module bw_u1_scanl_2x (so, sd, ck);
output so;
input sd, ck;

reg so_l;

    assign so = ~so_l;
    always @ ( ck or sd )
       if (~ck) so_l <= ~sd ;

endmodule



////////////////// Synchronizer ////////////////

module bw_u1_syncff_4x (q, so, ck, d, se, sd);
output q, so;
input  ck, d, se, sd;

reg    q_r;
  always @ (posedge ck)
      q_r <= se ? sd : d;
  assign q  = q_r;
  assign so = q_r;

endmodule




////////////////////////////////////////////////////////////////////////
//
// non library cells
// 
////////////////////////////////////////////////////////////////////////

// These cells are used only in custom DP macros
// Do not use in any block design without prior permission


module bw_u1_zzeccxor2_5x (z, a, b); 
 output z; 
 input a, b;
    assign z = ( a ^ b );

endmodule



module bw_u1_zzmulcsa42_5x (sum, carry, cout, a, b, c, d, cin);
output sum, carry, cout;
input  a, b, c, d, cin;
wire and_cin_b, or_cin_b, xor_a_c_d, and_or_cin_b_xor_a_c_d;
wire and_a_c, and_a_d, and_c_d;
        assign sum   = cin ^ a ^ b ^ c ^ d;
        assign carry = cin & b | (cin | b) & (a ^ c ^ d);
        assign cout  = a & c | a & d | c & d;
endmodule



module bw_u1_zzmulcsa32_5x (sum, cout, a, b, c);
output sum, cout;
input  a, b, c;
wire and_a_b, and_a_c, and_b_c;
        assign sum  = a ^ b ^ c ;
        assign cout = a & b | a & c | b & c ;
endmodule



module bw_u1_zzmulppmuxi21_2x ( z, d0, d1, s );
output  z;
input  d0, d1, s;
    assign z = s ? ~d1 : ~d0;
endmodule



module bw_u1_zzmulnand2_2x ( z, a, b );
output z;
input  a;
input  b;
    assign z = ~( a & b );
endmodule



// Primitives




module zmuxi31d_prim (z, d0, d1, d2, s0, s1, s2);
output z;
input  d0, d1, d2, s0, s1, s2;
// for Blacktie
`ifdef VERPLEX
   $constraint dp_1h3 ($one_hot ({s0,s1,s2}));
`endif
wire [2:0] sel = {s0,s1,s2}; // 0in one_hot
reg z;
    always @ (s2 or d2 or s1 or d1 or s0 or d0)
        casez ({s2,d2,s1,d1,s0,d0})
            6'b0?0?10: z = 1'b1;  
            6'b0?0?11: z = 1'b0;  
            6'b0?100?: z = 1'b1;  
            6'b0?110?: z = 1'b0;  
            6'b0?1010: z = 1'b1;  
            6'b0?1111: z = 1'b0;  
            6'b100?0?: z = 1'b1;  
            6'b110?0?: z = 1'b0;  
            6'b100?10: z = 1'b1;  
            6'b110?11: z = 1'b0;  
            6'b10100?: z = 1'b1;  
            6'b11110?: z = 1'b0;  
            6'b101010: z = 1'b1;  
            6'b111111: z = 1'b0;  
            default: z = 1'bx;
        endcase
endmodule







module zmuxi41d_prim (z, d0, d1, d2, d3, s0, s1, s2, s3);
output z;
input  d0, d1, d2, d3, s0, s1, s2, s3;
// for Blacktie
`ifdef VERPLEX
   $constraint dp_1h4 ($one_hot ({s0,s1,s2,s3}));
`endif
wire [3:0] sel = {s0,s1,s2,s3}; // 0in one_hot
reg z;
    always @ (s3 or d3 or s2 or d2 or s1 or d1 or s0 or d0)
        casez ({s3,d3,s2,d2,s1,d1,s0,d0})
            8'b0?0?0?10: z = 1'b1;
            8'b0?0?0?11: z = 1'b0;
            8'b0?0?100?: z = 1'b1;
            8'b0?0?110?: z = 1'b0;
            8'b0?0?1010: z = 1'b1;
            8'b0?0?1111: z = 1'b0;
            8'b0?100?0?: z = 1'b1;
            8'b0?110?0?: z = 1'b0;
            8'b0?100?10: z = 1'b1;
            8'b0?110?11: z = 1'b0;
            8'b0?10100?: z = 1'b1;
            8'b0?11110?: z = 1'b0;
            8'b0?101010: z = 1'b1;
            8'b0?111111: z = 1'b0;
            8'b100?0?0?: z = 1'b1;
            8'b110?0?0?: z = 1'b0;
            8'b100?0?10: z = 1'b1;
            8'b110?0?11: z = 1'b0;
            8'b100?100?: z = 1'b1;
            8'b110?110?: z = 1'b0;
            8'b100?1010: z = 1'b1;
            8'b110?1111: z = 1'b0;
            8'b10100?0?: z = 1'b1;
            8'b11110?0?: z = 1'b0;
            8'b10100?10: z = 1'b1;
            8'b11110?11: z = 1'b0;
            8'b1010100?: z = 1'b1;
            8'b1111110?: z = 1'b0;
            8'b10101010: z = 1'b1;
            8'b11111111: z = 1'b0;
            default: z = 1'bx;
        endcase   
endmodule



module zsoff_prim (q, so, ck, d, se, sd);
output q, so;
input  ck, d, se, sd;
reg    q_r;
  always @ (posedge ck)
      q_r <= se ? sd : d;
  assign q  = q_r;
  assign so = q_r ;
endmodule


module zsoffr_prim (q, so, ck, d, se, sd, r_l);
output q, so;
input  ck, d, se, sd, r_l;
reg    q_r;
  always @ (posedge ck)
      q_r <= se ? sd : (d & r_l) ;
  assign q  = q_r;
  assign so = q_r;
endmodule


module zsoffi_prim (q_l, so, ck, d, se, sd);
output q_l, so;
input  ck, d, se, sd;
reg    q_r;
  always @ (posedge ck)
      q_r <= se ? sd : d;
  assign q_l = ~q_r;
  assign so  = q_r;
endmodule



module zsoffm2_prim (q, so, ck, d0, d1, s, se, sd);
output q, so;
input  ck, d0, d1, s, se, sd;
reg    q_r;
  always @ (posedge ck)
      q_r <= se ? sd : (s ? d1 : d0) ;
  assign q  = q_r;
  assign so = q_r;
endmodule

module zsoffasr_prim (q, so, ck, d, r_l, s_l, se, sd);
  output q, so;
  input ck, d, r_l, s_l, se, sd;

  // asynchronous reset and asynchronous set
  // (priority: r_l > s_l > se > d)
  reg q;
  wire so;

  always @ (posedge ck or negedge r_l or negedge s_l) begin
		if(~r_l) q <= 1'b0;
		else if (~s_l) q <= r_l;
		else if (se) q <= r_l & s_l & sd;
		else q <= r_l & s_l & (~se) & d;
  end

  assign so = q | ~se;

endmodule



module zckenbuf_prim (clk, rclk, en_l, tm_l);
output clk;
input  rclk, en_l, tm_l;
reg    clken;

  always @ (rclk or en_l or tm_l)
    if (!rclk)  //latch opens on rclk low phase
      clken <= ~en_l | ~tm_l;
  assign clk = clken & rclk;

endmodule

module bw_mckbuf_40x (clk, rclk, en);
output clk;
input  rclk;
input  en;

    assign clk = rclk & en ;

endmodule

module bw_mckbuf_33x (clk, rclk, en);
output clk;
input  rclk;
input  en;

    assign clk = rclk & en ;

endmodule

module bw_mckbuf_30x (clk, rclk, en);
output clk;
input  rclk;
input  en;

    assign clk = rclk & en ;

endmodule

module bw_mckbuf_28x (clk, rclk, en);
output clk;
input  rclk;
input  en;

    assign clk = rclk & en ;

endmodule

module bw_mckbuf_25x (clk, rclk, en);
output clk;
input  rclk;
input  en;

    assign clk = rclk & en ;

endmodule

module bw_mckbuf_22x (clk, rclk, en);
output clk;
input  rclk;
input  en;

    assign clk = rclk & en ;

endmodule

module bw_mckbuf_19x (clk, rclk, en);
output clk;
input  rclk;
input  en;

    assign clk = rclk & en ;

endmodule

module bw_mckbuf_17x (clk, rclk, en);
output clk;
input  rclk;
input  en;

    assign clk = rclk & en ;

endmodule

module bw_mckbuf_14x (clk, rclk, en);
output clk;
input  rclk;
input  en;

    assign clk = rclk & en ;

endmodule

module bw_mckbuf_11x (clk, rclk, en);
output clk;
input  rclk;
input  en;

    assign clk = rclk & en ;

endmodule

module bw_mckbuf_8x (clk, rclk, en);
output clk;
input  rclk;
input  en;

    assign clk = rclk & en ;

endmodule

module bw_mckbuf_7x (clk, rclk, en);
output clk;
input  rclk;
input  en;

    assign clk = rclk & en ;

endmodule

module bw_mckbuf_6x (clk, rclk, en);
output clk;
input  rclk;
input  en;

    assign clk = rclk & en ;

endmodule

module bw_mckbuf_4p5x (clk, rclk, en);
output clk;
input  rclk;
input  en;

    assign clk = rclk & en ;

endmodule

module bw_mckbuf_3x (clk, rclk, en);
output clk;
input  rclk;
input  en;

    assign clk = rclk & en ;

endmodule

module bw_mckbuf_1p5x (clk, rclk, en);
output clk;
input  rclk;
input  en;

    assign clk = rclk & en ;

endmodule

//bw_u1_minbuf_1x
//

module bw_u1_minbuf_1x (
    z,
    a );

    output z;
    input  a;

    assign z = ( a );

endmodule

//bw_u1_minbuf_4x
//

module bw_u1_minbuf_4x (
    z,
    a );

    output z;
    input  a;

    assign z = ( a );

endmodule

//bw_u1_minbuf_5x
//

module bw_u1_minbuf_5x (
    z,
    a );

    output z;
    input  a;

    assign z = ( a );

endmodule

module bw_u1_ckenbuf_4p5x  (clk, rclk, en_l, tm_l);
output clk;
input  rclk, en_l, tm_l;
        zckenbuf_prim i0 ( clk, rclk, en_l, tm_l );
endmodule 

// dummy fill modules to get rid of DFT "CAP" property errors (bug 5487)

module bw_u1_fill_1x(\vdd! );
input \vdd! ;
endmodule

module bw_u1_fill_2x(\vdd! );
input \vdd! ;
endmodule

module bw_u1_fill_3x(\vdd! );
input \vdd! ;
endmodule

module bw_u1_fill_4x(\vdd! );
input \vdd! ;
endmodule